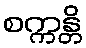
စက္ကန္တိ